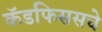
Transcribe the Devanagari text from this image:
कॅडफिससचे